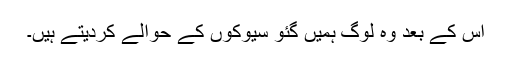
اس کے بعد وہ لوگ ہمیں گئو سیوکوں کے حوالے کردیتے ہیں۔